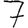
Digit: 7